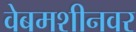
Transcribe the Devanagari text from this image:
वेबमशीनवर